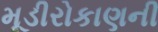
મૂડીરોકાણની